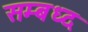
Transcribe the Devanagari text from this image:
सम्बध्द